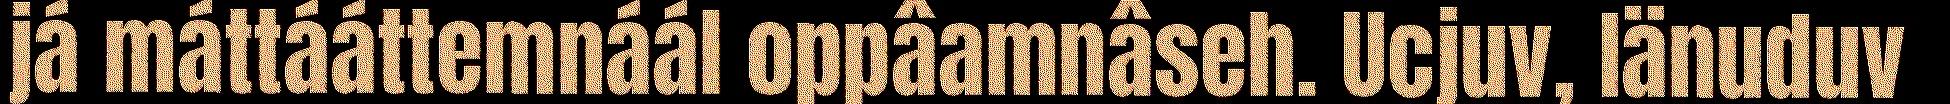
já máttááttemnáál oppâamnâseh. Ucjuv, Iänuduv